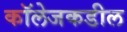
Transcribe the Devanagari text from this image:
कॉलेजकडील